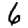
Digit: 6